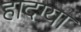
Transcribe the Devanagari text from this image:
हादग्या